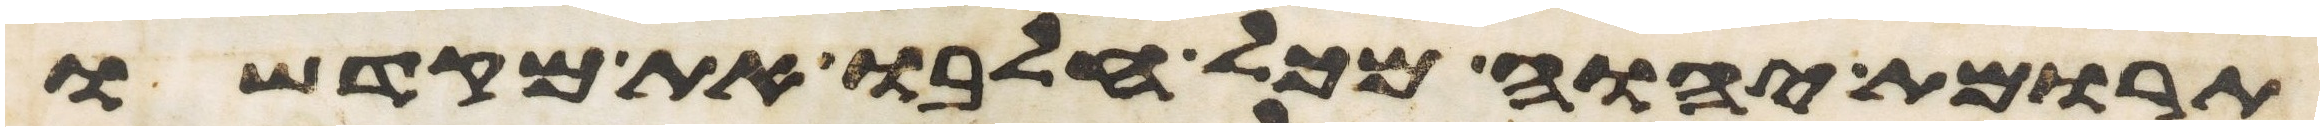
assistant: תרומת יהוה מכל חלבו את מקדשו